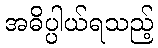
အဓိပ္ပါယ်ရသည့်